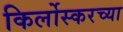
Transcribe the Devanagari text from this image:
किर्लोस्करच्या